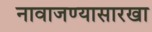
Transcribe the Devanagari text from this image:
नावाजण्यासारखा